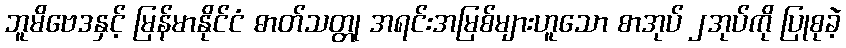
ဘူမိဗေဒနှင့် မြန်မာနိုင်ငံ ဓာတ်သတ္တု အရင်းအမြစ်များဟူသော စာအုပ် ၂အုပ်ကို ပြုစုခဲ့